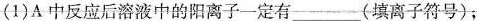
(1)A中反应后溶液中的阳离子一定有___(填离子符号)；